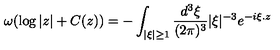
\omega ( \log | z | + C ( z ) ) = - \int _ { | \xi | \geq 1 } \frac { d ^ { 3 } \xi } { ( 2 \pi ) ^ { 3 } } | \xi | ^ { - 3 } e ^ { - i \xi . z }